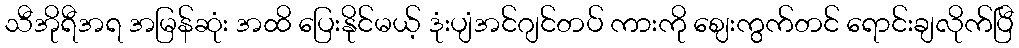
သီအိုရီအရ အမြန်ဆုံး အထိ ပြေးနိုင်မယ့် ဒုံးပျံအင်ဂျင်တပ် ကားကို ဈေးကွက်တင် ရောင်းချလိုက်ပြီ